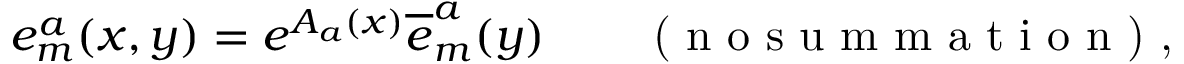
{ e _ { m } ^ { a } ( x , y ) = e ^ { A _ { a } ( x ) } \overline { { { e } } } _ { m } ^ { a } ( y ) \qquad \textrm { ( n o s u m m a t i o n ) , } }